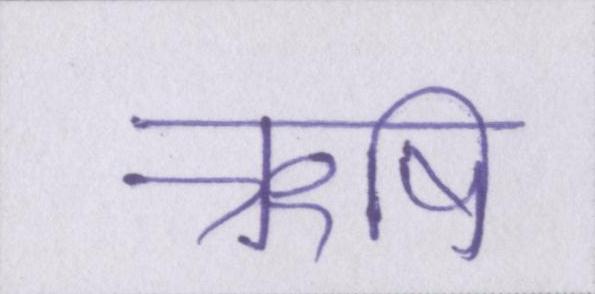
ऋषि